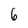
Character: 6